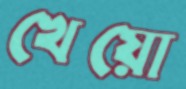
খেয়ো